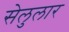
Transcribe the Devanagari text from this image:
सेलुलार